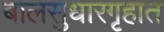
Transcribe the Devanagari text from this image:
बालसुधारगृहात